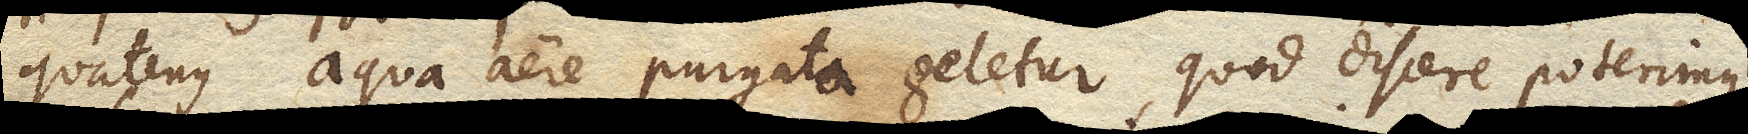
quatenus aqua aere purgata geletur, quod discere poterimus